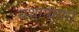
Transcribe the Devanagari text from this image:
यशामागचे